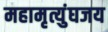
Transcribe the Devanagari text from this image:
महामृत्युंघजय